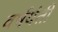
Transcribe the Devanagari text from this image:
वर्षयंती